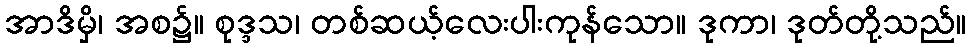
အာဒိမှိ၊ အစ၌။ စုဒ္ဒသ၊ တစ်ဆယ့်လေးပါးကုန်သော။ ဒုကာ၊ ဒုတ်တို့သည်။